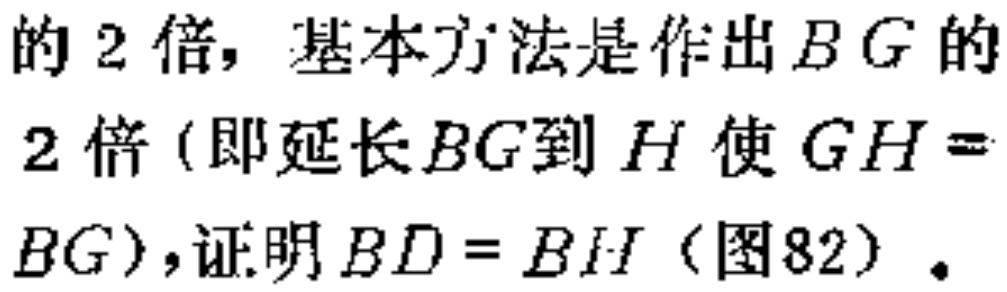
的 2 倍，基本方法是作出\(BG\)的

2 倍 (即延长\(BG\)到\(H\)使\(GH =

BG\))，证明\(BD = BH\) (图82)。